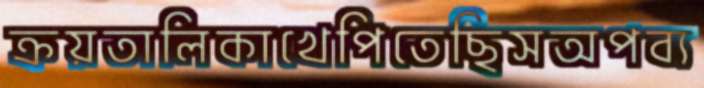
ক্রয়তালিকাখেপিতেছিসঅপব্য